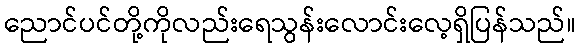
ညောင်ပင်တို့ကိုလည်းရေသွန်းလောင်းလေ့ရှိပြန်သည်။